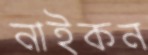
নাইকন